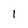
Character: 1